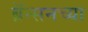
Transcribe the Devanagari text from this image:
ब्रॅन्सनच्या